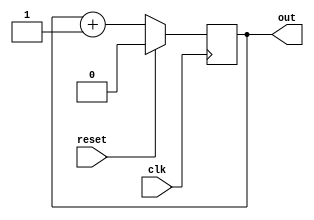
module sequential_process(
    input wire clk,
    input wire reset,
    output reg out
);

always @ (posedge clk) begin
    if (reset) begin
        out <= 0;
    end else begin
        // Define behavior for positive clock edge
        // For example, incrementing a counter
        out <= out + 1;
    end
end

endmodule